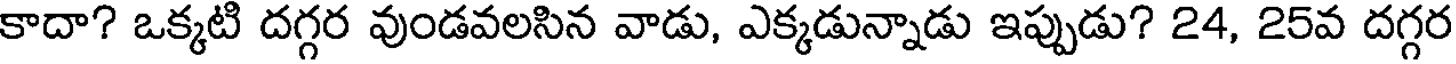
కాదా? ఒక్కటి దగ్గర వుండవలసిన వాడు, ఎక్కడున్నాడు ఇప్పుడు? 24, 25వ దగ్గర